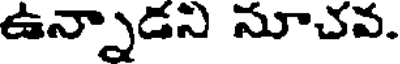
ఉన్నాడని నూచవ.